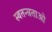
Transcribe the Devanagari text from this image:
स्वतन्त्रताओ